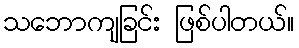
သဘောကျခြင်း ဖြစ်ပါတယ်။